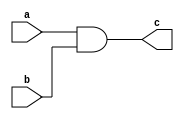
module StructuralModeling(input a, b, output c);
  and gate1(c, a, b);
endmodule
//This Verilog code demonstrates structural modeling using gate-level primitives. 
//It describes a 2-input AND gate (gate1) that connects inputs a and b to output c.